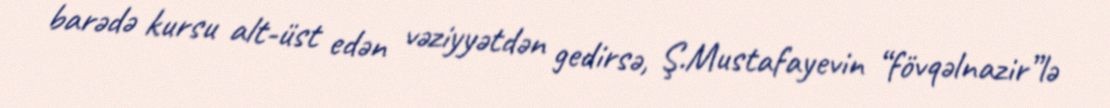
barədə kursu alt-üst edən vəziyyətdən gedirsə, Ş.Mustafayevin “fövqəlnazir”lə